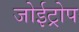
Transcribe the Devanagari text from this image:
जोईट्रोप